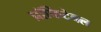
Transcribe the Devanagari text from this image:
प्रॉफिटेबल